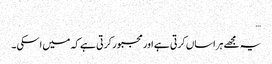
…
یہ مجھے ہراساں کرتی ہے اور مجبور کر تی ہے کہ میں اسکی ۔